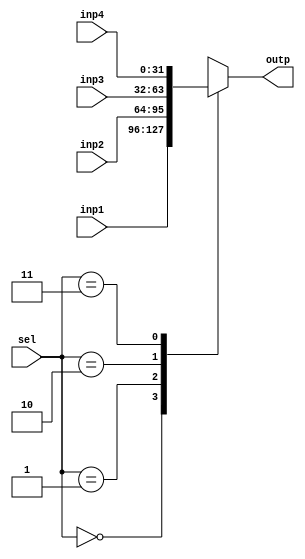
module Mux4x1Nbits 
                #
                (
                    parameter Nbits = 32
                )
                (
                    input wire [Nbits-1:0]inp1,
                    input wire [Nbits-1:0]inp2,
                    input wire [Nbits-1:0]inp3,
                    input wire [Nbits-1:0]inp4,
                    input wire [1:0]sel,
                    output reg [Nbits-1:0]outp
                );

always @(*) 
    begin
        case (sel)
            2'd0:
                begin
                    outp = inp1;
                end      
            2'd1:
                begin
                    outp = inp2;
                end   
            2'd2:
                begin
                    outp = inp3;
                end   
            2'd3:
                begin
                    outp = inp4;
                end   
            default:
                begin
                    outp = 'hx;
                end     
        endcase
    end


    
endmodule